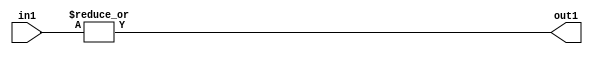
`timescale 1ps / 1ps
/*****************************************************************************
    Verilog RTL Description
    
    
    Created by: Stratus DpOpt 2019.1.01 
*******************************************************************************/

module fix2float_OrReduction_32S_1U_4_2 (
	in1,
	out1
	); /* architecture "behavioural" */ 
input [31:0] in1;
output  out1;
wire  asc001;

assign asc001 = 
	(|in1);

assign out1 = asc001;
endmodule

/* CADENCE  urfzSgk= : u9/ySgnWtBlWxVPRXgAZ4Og= ** DO NOT EDIT THIS LINE ******/